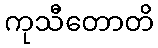
ကုသီတောတိ